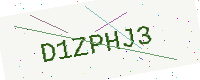
Text: D1ZPHJ3